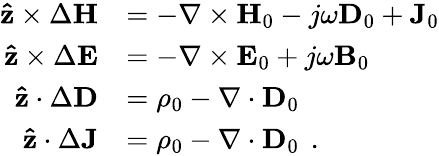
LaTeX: \begin{array}{rl}{\mathbf{\hat{z}}\times\Delta\mathbf{H}}&{=-\nabla\times\mathbf{H}_{0}-j\omega\mathbf{D}_{0}+\mathbf{J}_{0}}\\ {\mathbf{\hat{z}}\times\Delta\mathbf{E}}&{=-\nabla\times\mathbf{E}_{0}+j\omega\mathbf{B}_{0}}\\ {\mathbf{\hat{z}}\cdot\Delta\mathbf{D}}&{=\rho_{0}-\nabla\cdot\mathbf{D}_{0}}\\ {\mathbf{\hat{z}}\cdot\Delta\mathbf{J}}&{=\rho_{0}-\nabla\cdot\mathbf{D}_{0}\ \, .}\end{array}